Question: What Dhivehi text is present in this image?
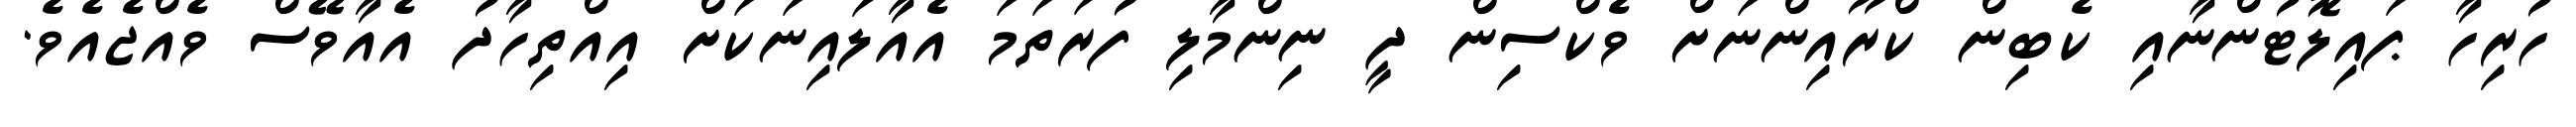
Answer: ހުރިހާ ޕައިލޮޓުންނާއި ކެބިން ކްރޫއިންނަށް ވެކްސިން ދީ ނިންމާލި ފުރަތަމަ އެއާލައިނަކަށް އިއްތިހާދު އެއާވޭސް ވެއްޖެއެވެ.